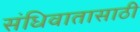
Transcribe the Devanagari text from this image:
संधिवातासाठी